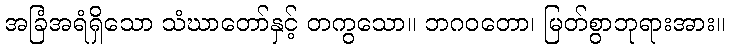
အခြံအရံရှိသော သံဃာတော်နှင့် တကွသော။ ဘဂဝတော၊ မြတ်စွာဘုရားအား။